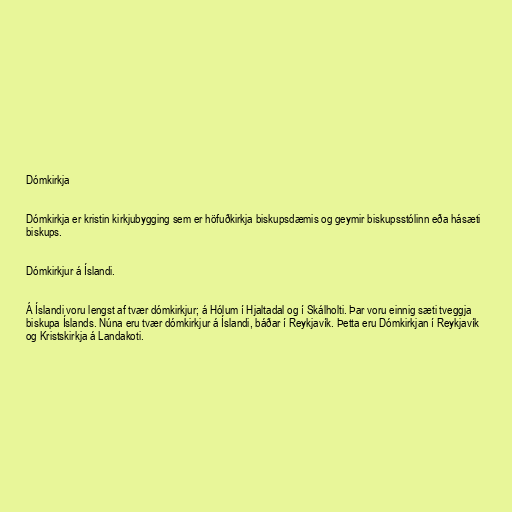
Dómkirkja

Dómkirkja er kristin kirkjubygging sem er höfuðkirkja biskupsdæmis og geymir biskupsstólinn eða hásæti
biskups.

Dómkirkjur á Íslandi.

Á Íslandi voru lengst af tvær dómkirkjur; á Hólum í Hjaltadal og í Skálholti. Þar voru einnig sæti tveggja
biskupa Íslands. Núna eru tvær dómkirkjur á Íslandi, báðar í Reykjavík. Þetta eru Dómkirkjan í Reykjavík
og Kristskirkja á Landakoti.